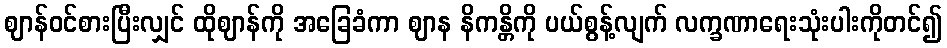
ဈာန်ဝင်စားပြီးလျှင် ထိုဈာန်ကို အခြေခံကာ ဈာန နိကန္တိကို ပယ်စွန့်လျက် လက္ခဏာရေးသုံးပါးကိုတင်၍